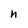
Character: h